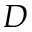
D